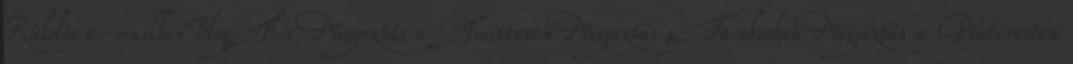
Küldés e-mailbenBlogThis Megosztás a TwitterenMegosztás a FacebookonMegosztás a Pinteresten